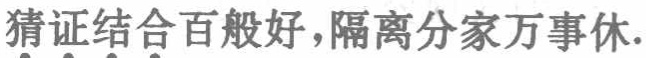
猜证结合百般好，隔离分家万事休.